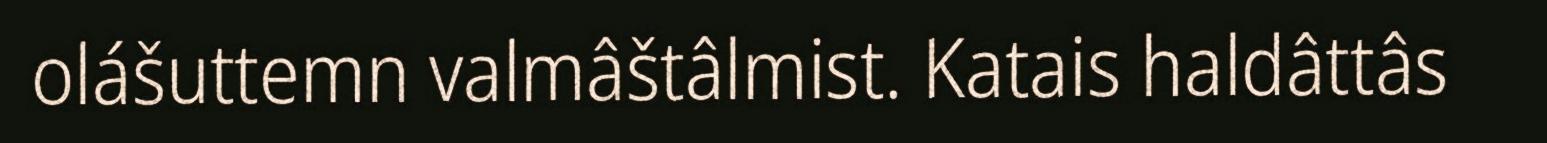
olášuttemn valmâštâlmist. Katais haldâttâs